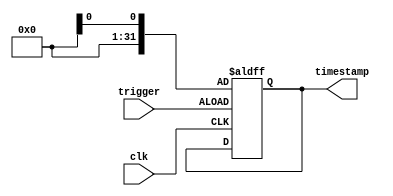
module timer(
    input clk,                 // synchronized clock signal
    input trigger,             // input trigger signal to start timestamping process
    output reg [31:0] timestamp // register to store timestamp
);

reg [31:0] system_time;        // variable to capture current system time

always @(posedge clk or posedge trigger) begin
    if(trigger) begin
        system_time <= $time; // capture current system time
    end
end

always @(*) begin
    timestamp <= system_time; // store system time in timestamp register
end

endmodule